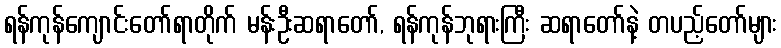
ရန်ကုန်ကျောင်းတော်ရာတိုက် မန်းဦးဆရာတော်, ရန်ကုန်ဘုရားကြီး ဆရာတော်နဲ့ တပည့်တော်များ